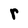
Character: r